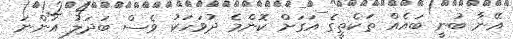
އޭނާ ބުނީ ބައެއް ތަކެތީގެ އަގަށް ކޮންމެ ދުވަހަކު ވެސް ބަދަލު އަންނަ